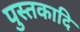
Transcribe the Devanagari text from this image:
पुस्तकादि